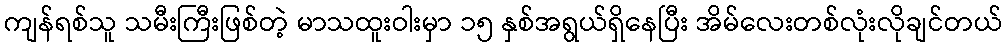
ကျန်ရစ်သူ သမီးကြီးဖြစ်တဲ့ မာသထူးဝါးမှာ ၁၅ နှစ်အရွယ်ရှိနေပြီး အိမ်လေးတစ်လုံးလိုချင်တယ်